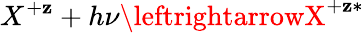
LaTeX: {X^{+\mathbf{z}}+h\nu\leftrightarrowX^{+\mathbf{z}*}}